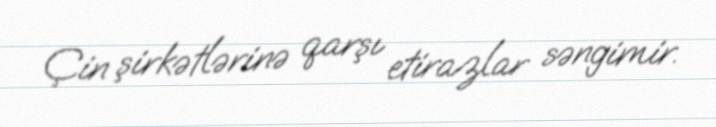
Çin şirkətlərinə qarşı etirazlar səngimir.